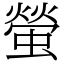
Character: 螢